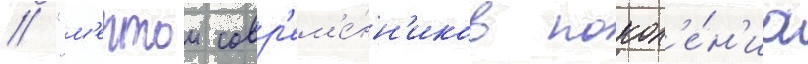
// "м'ечтои совр'ем'е́нн'иков покол'е́н'иа